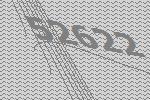
52622